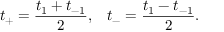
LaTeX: t _ { + } = \frac { t _ { 1 } + t _ { - 1 } } { 2 } , \; \; \; t _ { - } = \frac { t _ { 1 } - t _ { - 1 } } { 2 } .